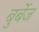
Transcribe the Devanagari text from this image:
बुर्बेज